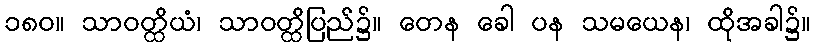
၁၈၀။ သာဝတ္ထိယံ၊ သာဝတ္ထိပြည်၌။ တေန ခေါ ပန သမယေန၊ ထိုအခါ၌။